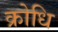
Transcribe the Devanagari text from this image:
क्रोधि